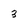
Character: 3